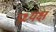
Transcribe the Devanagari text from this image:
प्रध्यक्ष